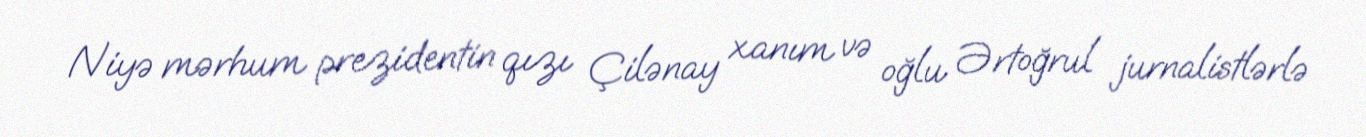
Niyə mərhum prezidentin qızı Çilənay xanım və oğlu Ərtoğrul jurnalistlərlə